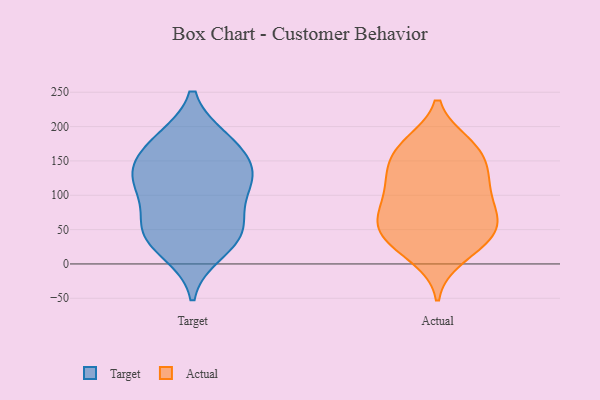
{"axis": {"x": "Demand Index", "y": "Value"}, "legend": ["Actual", "Target"], "data": [{"x": "", "y": 128, "type": "Target"}, {"x": "", "y": 124, "type": "Target"}, {"x": "", "y": 102, "type": "Target"}, {"x": "", "y": 35, "type": "Target"}, {"x": "", "y": 50, "type": "Target"}, {"x": "", "y": 180, "type": "Target"}, {"x": "", "y": 121, "type": "Target"}, {"x": "", "y": 168, "type": "Target"}, {"x": "", "y": 18, "type": "Target"}, {"x": "", "y": 135, "type": "Target"}, {"x": "", "y": 178, "type": "Target"}, {"x": "", "y": 54, "type": "Target"}, {"x": "", "y": 55, "type": "Target"}, {"x": "", "y": 27, "type": "Actual"}, {"x": "", "y": 81, "type": "Actual"}, {"x": "", "y": 48, "type": "Actual"}, {"x": "", "y": 54, "type": "Actual"}, {"x": "", "y": 130, "type": "Actual"}, {"x": "", "y": 175, "type": "Actual"}, {"x": "", "y": 122, "type": "Actual"}, {"x": "", "y": 135, "type": "Actual"}, {"x": "", "y": 10, "type": "Actual"}, {"x": "", "y": 85, "type": "Actual"}, {"x": "", "y": 28, "type": "Actual"}, {"x": "", "y": 168, "type": "Actual"}, {"x": "", "y": 57, "type": "Actual"}, {"x": "", "y": 173, "type": "Actual"}, {"x": "", "y": 97, "type": "Actual"}, {"x": "", "y": 72, "type": "Actual"}, {"x": "", "y": 163, "type": "Actual"}, {"x": "", "y": 45, "type": "Actual"}, {"x": "", "y": 124, "type": "Actual"}]}